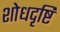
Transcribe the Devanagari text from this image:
शोधदृष्टि